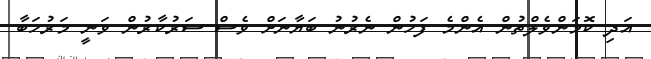
އަދި ކޮމަންވެލްތުން އެންމެ ފަހުން ނެރުނު ބަޔާނަށް ވެސް ސަރުކާރުން ވަނީ މަރުހަބާ